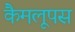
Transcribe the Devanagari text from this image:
कैमलूपस